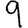
Digit: 9